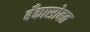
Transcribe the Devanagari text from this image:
बँकासोबत